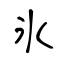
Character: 氷